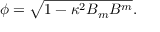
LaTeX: \phi = \sqrt { 1 - \kappa ^ { 2 } B _ { m } B ^ { m } } .